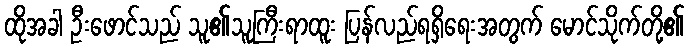
ထိုအခါ ဦးဖောင်သည် သူ၏သူကြီးရာထူး ပြန်လည်ရရှိရေးအတွက် မောင်သိုက်တို့၏